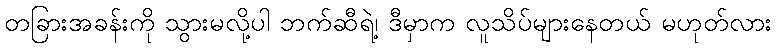
တခြားအခန်းကို သွားမလို့ပါ ဘက်ဆီရဲ့၊ ဒီမှာက လူသိပ်များနေတယ် မဟုတ်လား